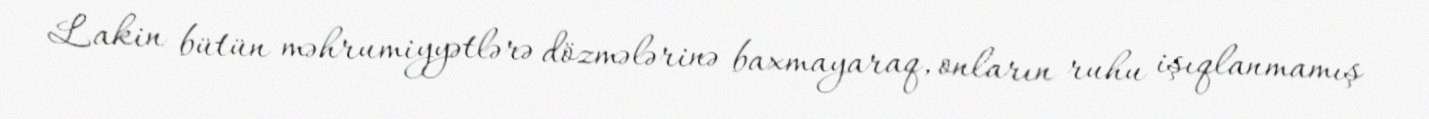
Lakin bütün məhrumiyyətlərə dözmələrinə baxmayaraq, onların ruhu işıqlanmamış